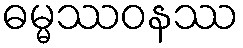
ဓမ္မဿဝနဿ